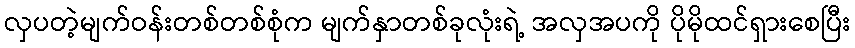
လှပတဲ့မျက်ဝန်းတစ်တစ်စုံက မျက်နှာတစ်ခုလုံးရဲ့ အလှအပကို ပိုမိုထင်ရှားစေပြီး